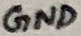
Text: GND